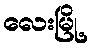
လေးမြို့